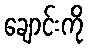
ချောင်းကို